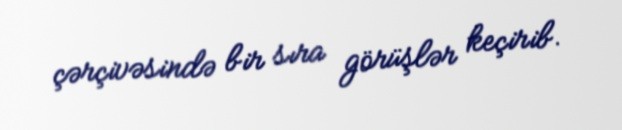
çərçivəsində bir sıra görüşlər keçirib.